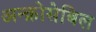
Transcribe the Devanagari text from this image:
अन्क्रोसेबिल